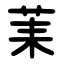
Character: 䒹